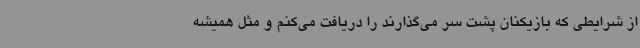
از شرایطی که بازیکنان پشت سر می‌گذارند را دریافت می‌کنم و مثل همیشه